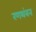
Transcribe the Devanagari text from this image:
रणथंबन